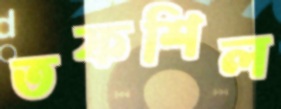
তফশিল